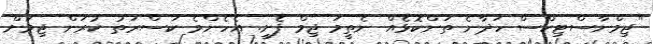
"ޖިމްނާސްޓިކްސް ހަދާނެ ތަންކޮޅެއް ނެތީމަ ޖިމް ފެށީ. އެހެންވެ ކަސްރަތު ކުރަން ޖިމަށް